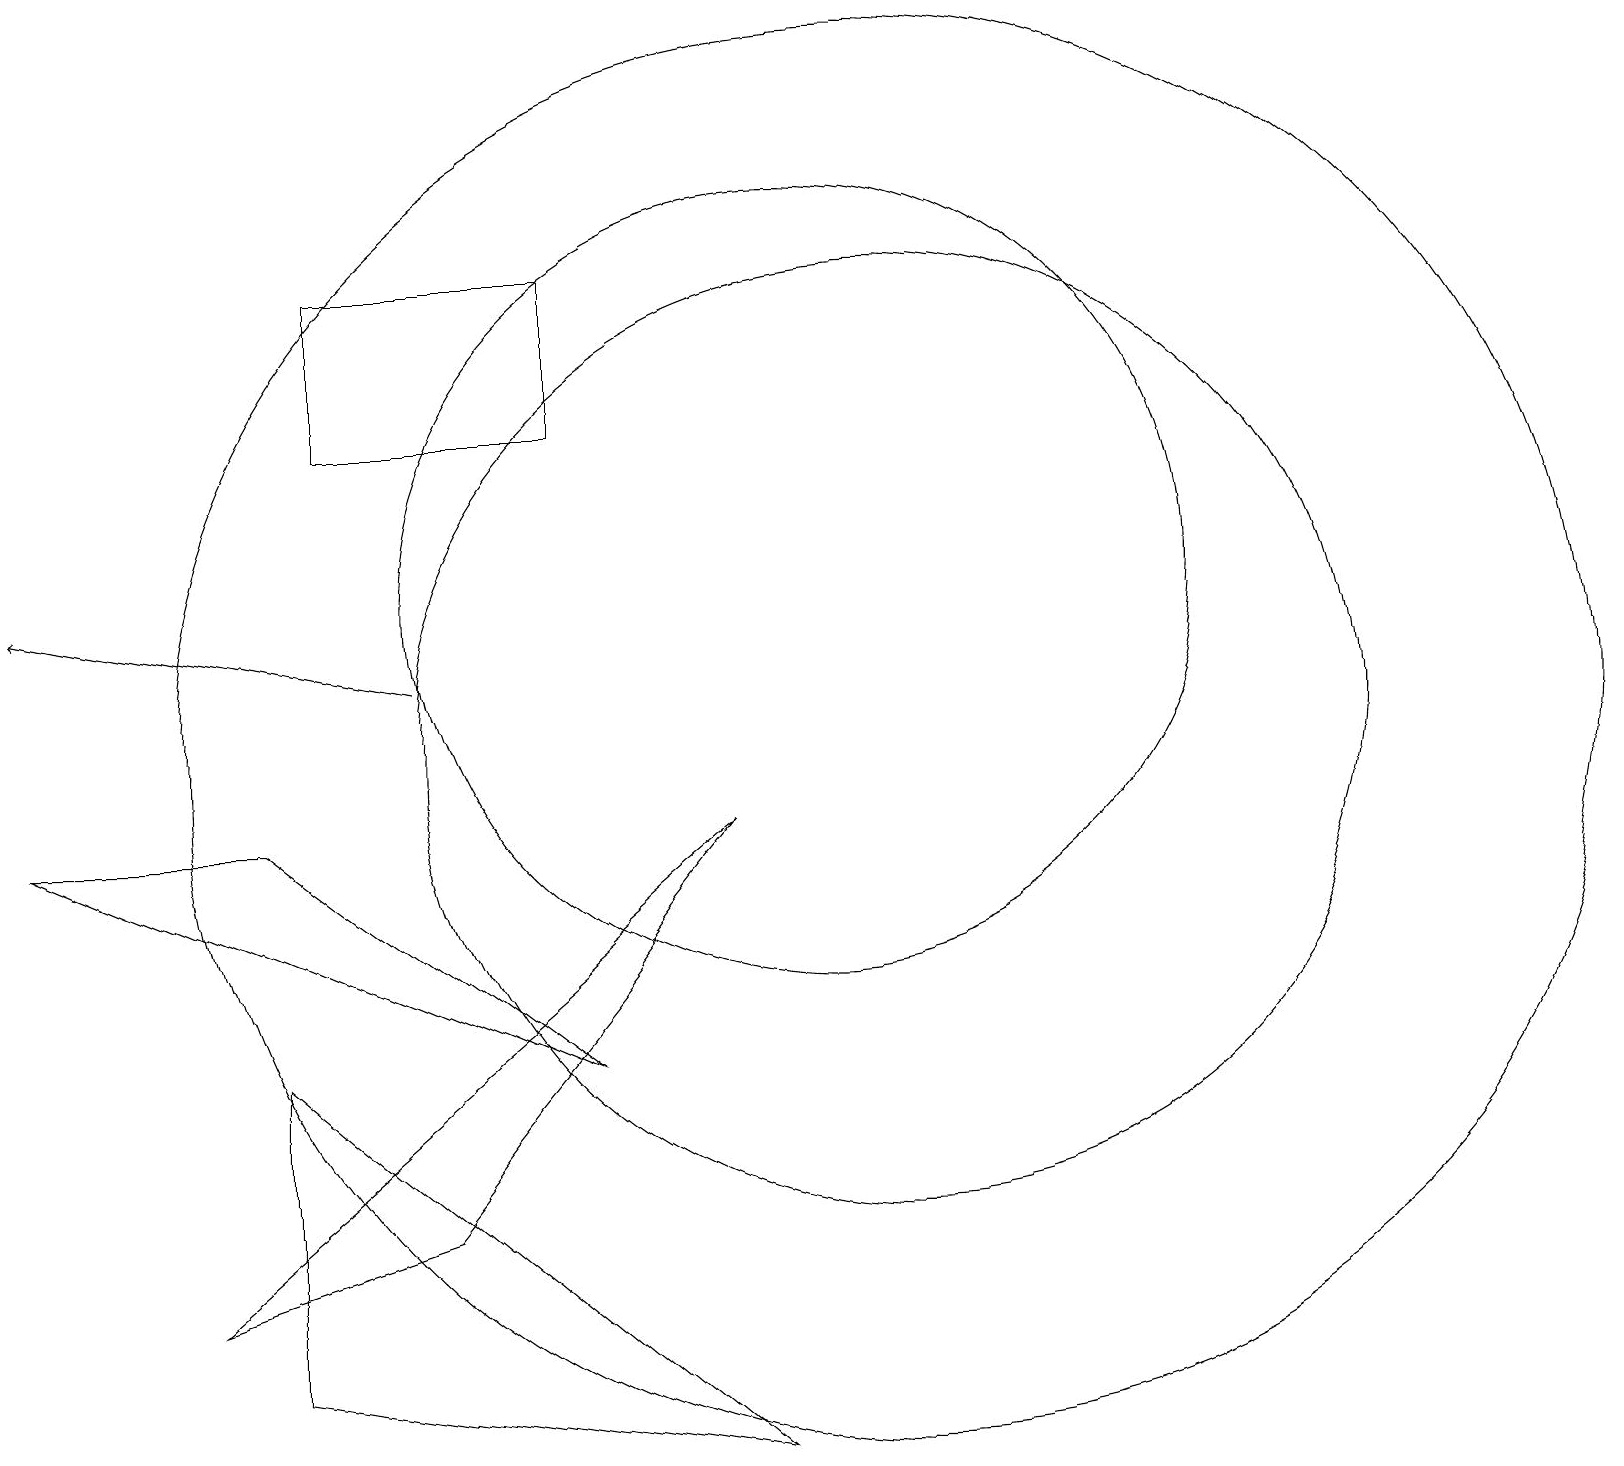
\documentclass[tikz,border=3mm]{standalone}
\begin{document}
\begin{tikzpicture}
\draw (3,2) -- (9,1) -- (3,6) -- cycle;
\draw (5,4) -- (2,3) -- (9,9) -- cycle;
\draw (11,10) circle (6);
\draw (7,16) rectangle (4,14);
\draw (11,10) circle (9);
\draw (10,12) circle (5);
\draw[->] (5,11) -- (0,12);
\draw (3,9) -- (7,6) -- (0,9) -- cycle;
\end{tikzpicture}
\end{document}